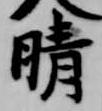
晴